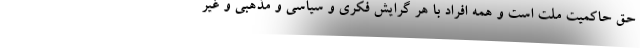
حق حاکمیت ملت است و همه افراد با هر گرایش فکری و سیاسی و مذهبی و غیر